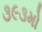
૩૯૩મો